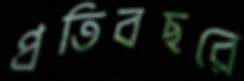
প্রতিবছরে